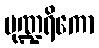
ပုဏ္ဍရိကော